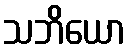
သဘိယော